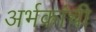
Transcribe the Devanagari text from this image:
अर्भकांची